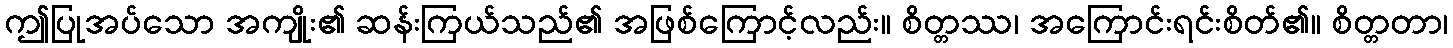
ဤပြုအပ်သော အကျိုး၏ ဆန်းကြယ်သည်၏ အဖြစ်ကြောင့်လည်း။ စိတ္တဿ၊ အကြောင်းရင်းစိတ်၏။ စိတ္တတာ၊